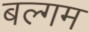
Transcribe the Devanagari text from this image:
बल्गम